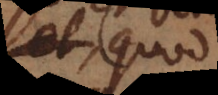
est quod